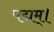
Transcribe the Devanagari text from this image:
पद्मम्।